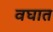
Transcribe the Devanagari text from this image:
वघात